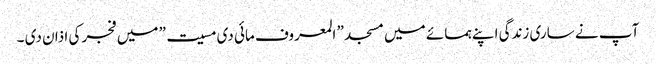
آپ نے ساری زندگی اپنے ہمسائے میں مسجد ” المعروف مائی دی مسیت” میں فجر کی اذان دی ۔